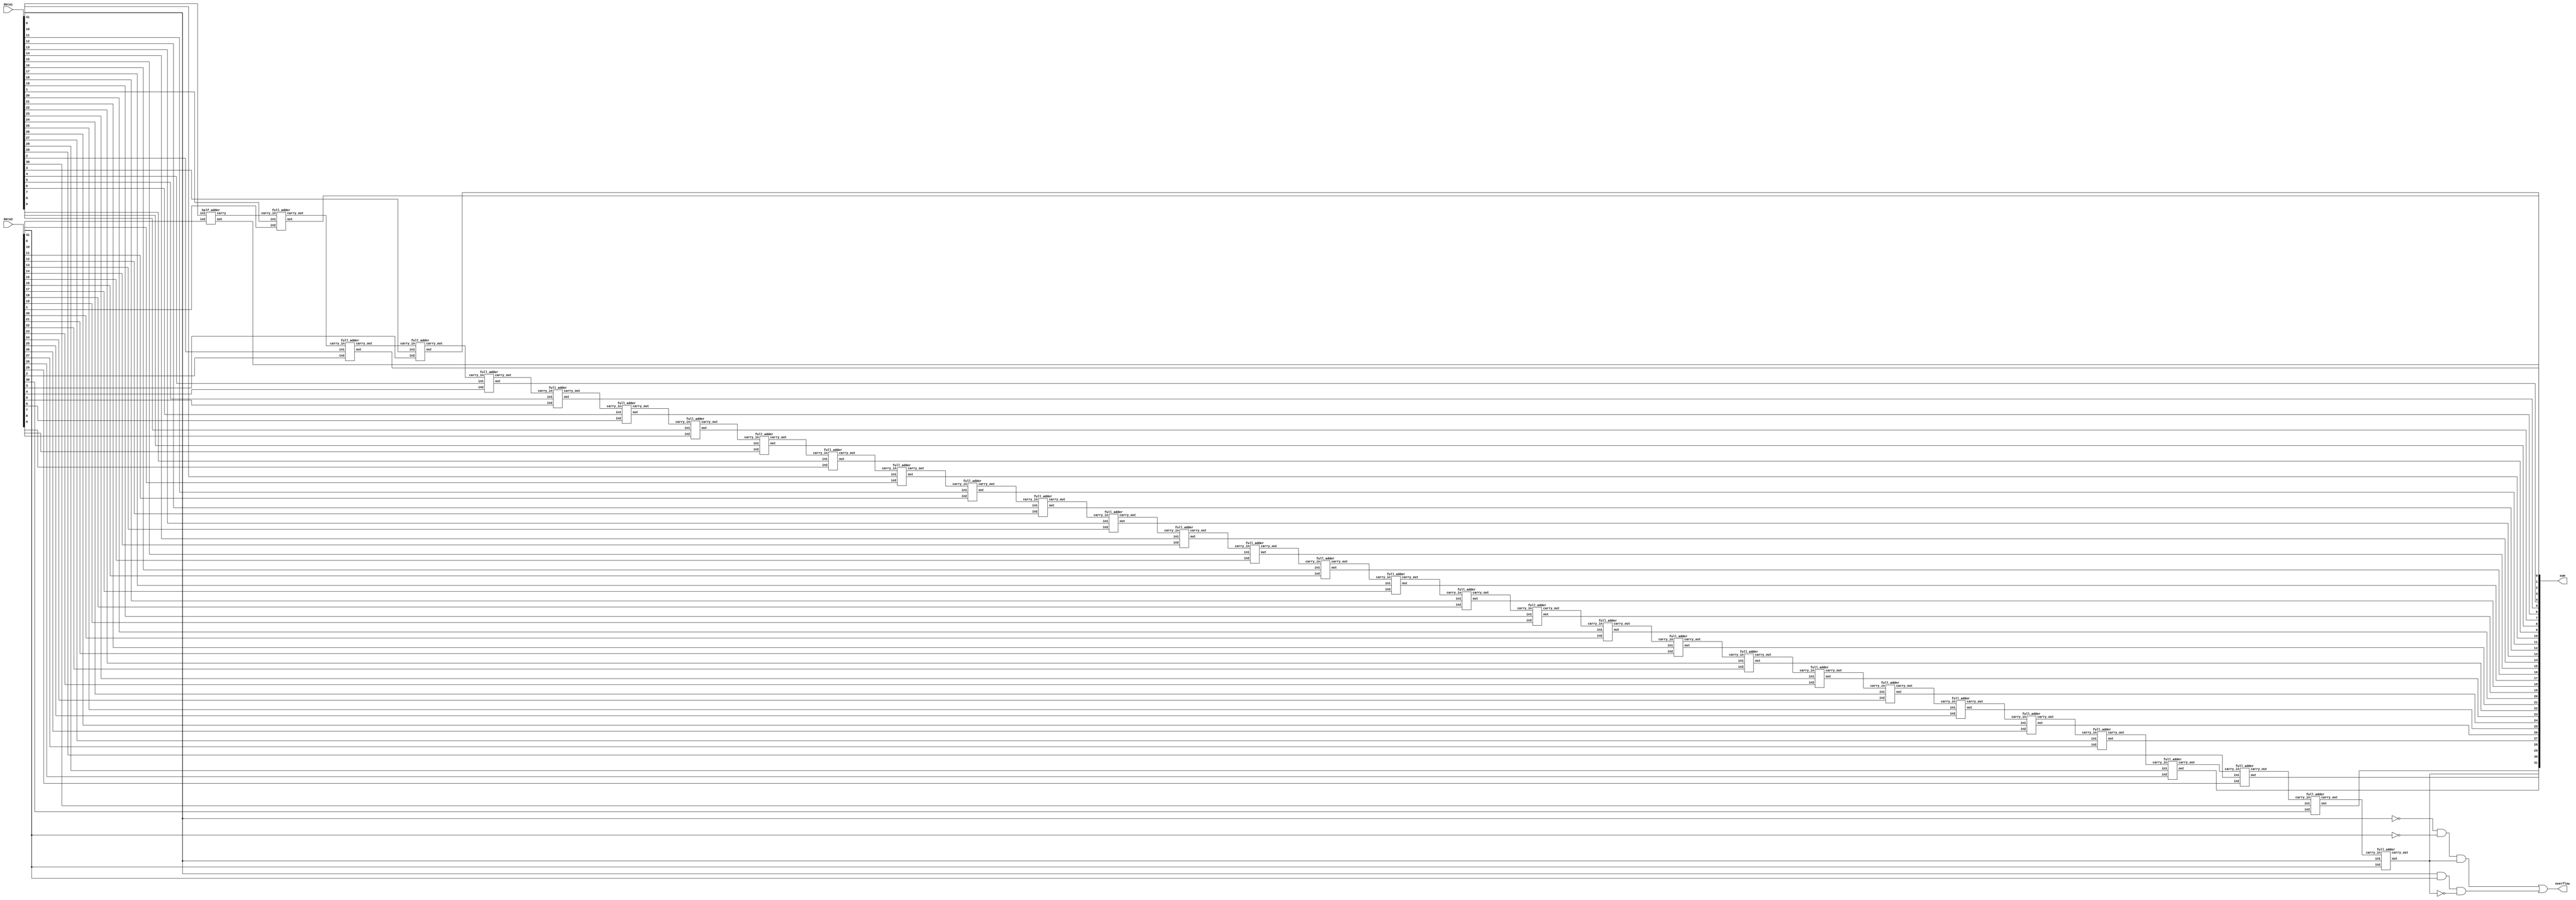
module Adder_32bit (sum, overflow, data1, data2);
	output [31:0]sum;
	output overflow;
	input [31:0]data1,data2;
   
	wire  carry_out;
	wire [31:0] carry;
   
	genvar i;
   	generate 
		for(i=0; i<32; i=i+1)
			begin: Adder_32bit
				if(i==0) 
					half_adder f(sum[0], carry[0], data1[0], data2[0]);
				else
					full_adder f(sum[i], carry[i], data1[i], data2[i], carry[i-1]);
			end
   	endgenerate
	assign carry_out = carry[31];
	assign overflow=(data1[31]==1'b0 & data2[31]==1'b0 & sum[31]==1'b1)|(data1[31]==1'b1 & data2[31]==1'b1 & sum[31]==1'b0);
	
endmodule 
 
 
module half_adder(out, carry, in1, in2);
   output out, carry;
	input in1, in2;
	
   assign out = in1^in2;
   assign carry = in1&in2;

endmodule // half adder
 
 
module full_adder(out, carry_out, in1, in2, carry_in);
   output out, carry_out;
	input in1, in2, carry_in;
	
	assign out = (in1^in2) ^ carry_in;
	assign carry_out = (in1&carry_in) | (in1&in2) | (in2&carry_in);
	
endmodule // full_adder